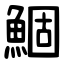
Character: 鯝